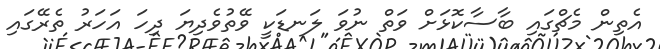
އެތިން މެޗްގައި ބާސާކޮޅަށް ވަތް ނުވަ ލަނޑަކީ ވޭތުވެދިޔަ ދިހަ އަހަރު ތެރޭގައި